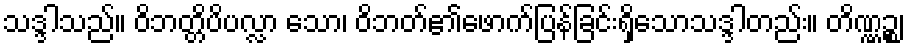
သဒ္ဒါသည်။ ဝိဘတ္တိပိပလ္လာ သော၊ ဝိဘတ်၏ဖောက်ပြန်ခြင်းရှိသောသဒ္ဒါတည်း။ တိဏ္ဏဉ္စ၊